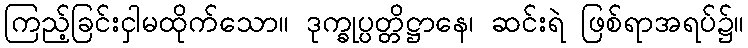
ကြည့်ခြင်းငှါမထိုက်သော။ ဒုက္ခုပ္ပတ္တိဋ္ဌာနေ၊ ဆင်းရဲ ဖြစ်ရာအရပ်၌။